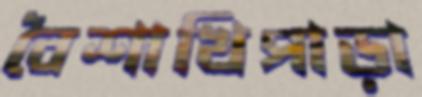
বৈশাখিপাড়া